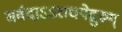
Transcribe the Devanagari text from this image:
सर्वदाऽऽराधयेद्गुरुम्